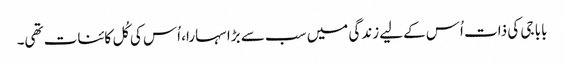
بابا جی کی ذات اُس کےلیے زندگی میں سب سے بڑا سہارا، اُس کی کُل کائنات تھی۔